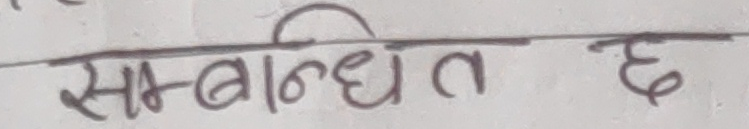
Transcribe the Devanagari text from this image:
सम्बन्धित छ